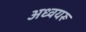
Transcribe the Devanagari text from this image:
अध्वयरू